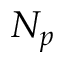
N _ { p }